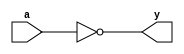
module notgate_(a,y);
input a;
output y;

not(y,a);

endmodule